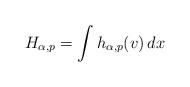
LaTeX: \begin{align*}H_{\alpha,p}=\int h_{\alpha, p}(v)\, dx\end{align*}